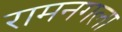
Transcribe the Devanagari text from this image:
रामनगला